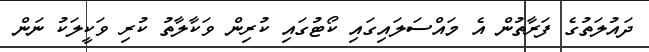
ދައުލަތުގެ ފަރާތުން އެ މައްސަލައިގައި ކޯޓުގައި ކުރިން ވަކާލާތު ކުރި ވަކީލަކު ނަން